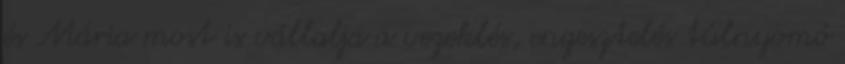
és Mária most is vállalja a vezeklés, engesztelés túlnyomó